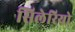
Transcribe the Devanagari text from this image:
सिलेरियो